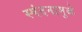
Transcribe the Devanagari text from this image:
स्पंदनामुळे